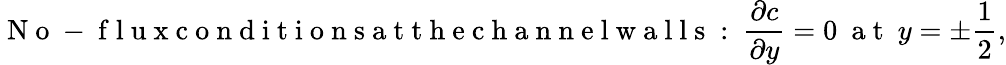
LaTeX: \mathrm{~N~o~-~f~l~u~x~c~o~n~d~i~t~i~o~n~s~a~t~t~h~e~c~h~a~n~n~e~l~w~a~l~l~s~:~}\frac{\partial c}{\partial y}=0~\mathrm{~a~t~}~y=\pm\frac{1}{2},